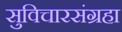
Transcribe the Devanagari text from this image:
सुविचारसंग्रहा